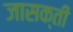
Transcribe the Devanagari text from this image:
जासक्ती